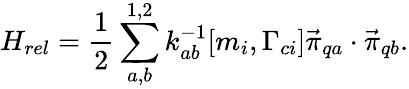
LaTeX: H_{rel}={\frac{1}{2}}\sum_{a,b}^{1,2}k_{ab}^{-1}[m_{i},\Gamma_{ci}]{\vec{\pi}}_{qa}\cdot{\vec{\pi}}_{qb}.